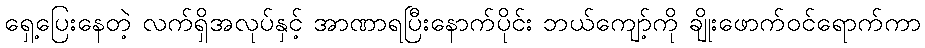
ရှေ့ပြေးနေတဲ့ လက်ရှိအလုပ်နှင့် အာဏာရပြီးနောက်ပိုင်း ဘယ်ကျော့်ကို ချိုးဖောက်ဝင်ရောက်ကာ